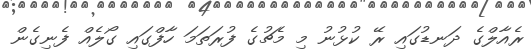
ރެއާލްގެ ދަނޑުގައި ރޭ ކުޅުނު މި މެޗުގެ ފުރަތަމަ ހާފްގައި ގޯލެއް ފެނިގެން